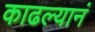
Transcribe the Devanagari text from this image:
काढल्यानं